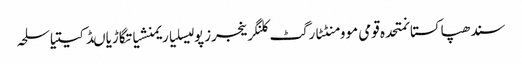
سندھپاکستانمتحدہ قومی موومنٹٹارگٹ کلنگرینجرزپولیسلیاریمنشیاتگاڑیاںڈکیتیاسلحہ